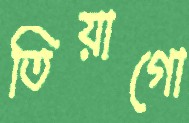
তিয়াগো